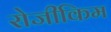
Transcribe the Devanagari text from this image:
रोजीकिम